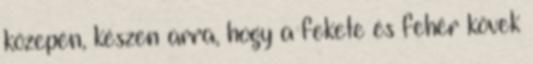
közepén, készen arra, hogy a fekete és fehér kövek